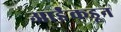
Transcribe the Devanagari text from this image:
आईंकडून